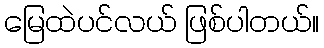
မြေထဲပင်လယ် ဖြစ်ပါတယ်။